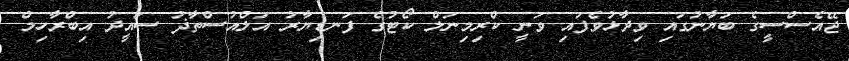
ޖޭއެސްސީގެ ބަޔާނުގައި ވިދާޅުވެފައި ވަނީ ކްރިމިނަލް ކޯޓުގެ ފަނޑިޔާރު އަލްއުސްތާޛު ސައީދު އިބްރާހިމް